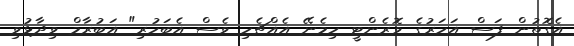
އެގޮތުން ފަސް އަހަރުގެ ވޮރެންޓީ ހިމެނޭ އެއްޗެހި ވެސް އެބަހުރި" އަބުރާމް ވިދާޅުވި